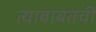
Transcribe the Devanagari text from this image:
त्याबाबतची